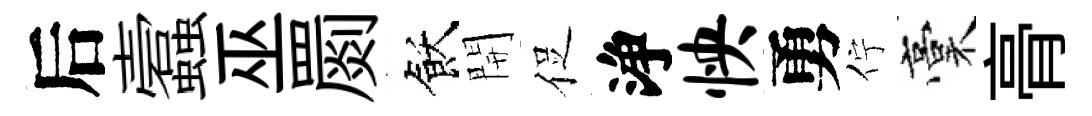
后蠧巫罽飫開促浄怏勇佇稾𮌔